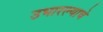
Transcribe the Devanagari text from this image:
उभारल्याचे